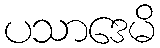
ပသာဒေမိ